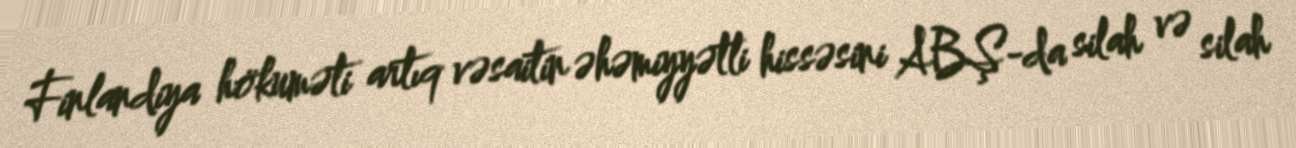
Finlandiya hökuməti artıq vəsaitin əhəmiyyətli hissəsini ABŞ-da silah və silah